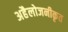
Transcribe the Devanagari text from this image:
अहैलोजनीकृत